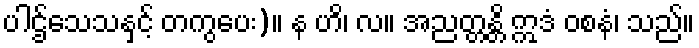
ပါဌ်သေသနှင့် တကွပေး)။ န ဟိ၊ လ။ အညတ္တန္တိ ဣဒံ ဝစနံ၊ သည်။